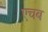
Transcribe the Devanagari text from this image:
एचब